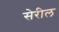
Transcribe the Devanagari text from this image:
सेरील